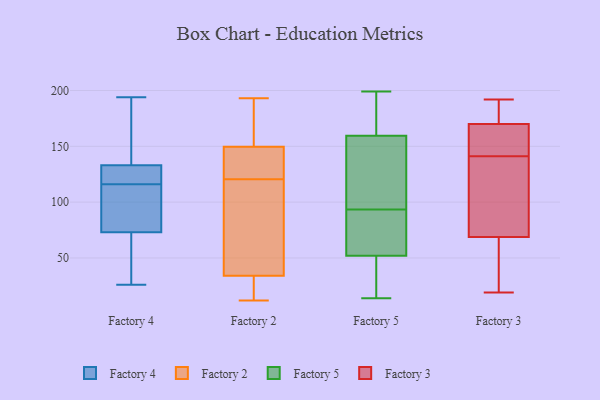
{"axis": {"x": "Active Users", "y": "Value"}, "legend": ["Factory 2", "Factory 3", "Factory 4", "Factory 5"], "data": [{"x": "", "y": 73, "type": "Factory 4"}, {"x": "", "y": 98, "type": "Factory 4"}, {"x": "", "y": 26, "type": "Factory 4"}, {"x": "", "y": 150, "type": "Factory 4"}, {"x": "", "y": 109, "type": "Factory 4"}, {"x": "", "y": 70, "type": "Factory 4"}, {"x": "", "y": 123, "type": "Factory 4"}, {"x": "", "y": 133, "type": "Factory 4"}, {"x": "", "y": 125, "type": "Factory 4"}, {"x": "", "y": 194, "type": "Factory 4"}, {"x": "", "y": 16, "type": "Factory 2"}, {"x": "", "y": 52, "type": "Factory 2"}, {"x": "", "y": 121, "type": "Factory 2"}, {"x": "", "y": 160, "type": "Factory 2"}, {"x": "", "y": 14, "type": "Factory 2"}, {"x": "", "y": 193, "type": "Factory 2"}, {"x": "", "y": 180, "type": "Factory 2"}, {"x": "", "y": 139, "type": "Factory 2"}, {"x": "", "y": 120, "type": "Factory 2"}, {"x": "", "y": 12, "type": "Factory 2"}, {"x": "", "y": 98, "type": "Factory 2"}, {"x": "", "y": 125, "type": "Factory 2"}, {"x": "", "y": 53, "type": "Factory 5"}, {"x": "", "y": 71, "type": "Factory 5"}, {"x": "", "y": 168, "type": "Factory 5"}, {"x": "", "y": 28, "type": "Factory 5"}, {"x": "", "y": 180, "type": "Factory 5"}, {"x": "", "y": 19, "type": "Factory 5"}, {"x": "", "y": 86, "type": "Factory 5"}, {"x": "", "y": 165, "type": "Factory 5"}, {"x": "", "y": 154, "type": "Factory 5"}, {"x": "", "y": 89, "type": "Factory 5"}, {"x": "", "y": 114, "type": "Factory 5"}, {"x": "", "y": 14, "type": "Factory 5"}, {"x": "", "y": 199, "type": "Factory 5"}, {"x": "", "y": 51, "type": "Factory 5"}, {"x": "", "y": 152, "type": "Factory 5"}, {"x": "", "y": 98, "type": "Factory 5"}, {"x": "", "y": 65, "type": "Factory 3"}, {"x": "", "y": 52, "type": "Factory 3"}, {"x": "", "y": 19, "type": "Factory 3"}, {"x": "", "y": 190, "type": "Factory 3"}, {"x": "", "y": 141, "type": "Factory 3"}, {"x": "", "y": 149, "type": "Factory 3"}, {"x": "", "y": 134, "type": "Factory 3"}, {"x": "", "y": 182, "type": "Factory 3"}, {"x": "", "y": 20, "type": "Factory 3"}, {"x": "", "y": 157, "type": "Factory 3"}, {"x": "", "y": 80, "type": "Factory 3"}, {"x": "", "y": 170, "type": "Factory 3"}, {"x": "", "y": 170, "type": "Factory 3"}, {"x": "", "y": 192, "type": "Factory 3"}, {"x": "", "y": 119, "type": "Factory 3"}]}